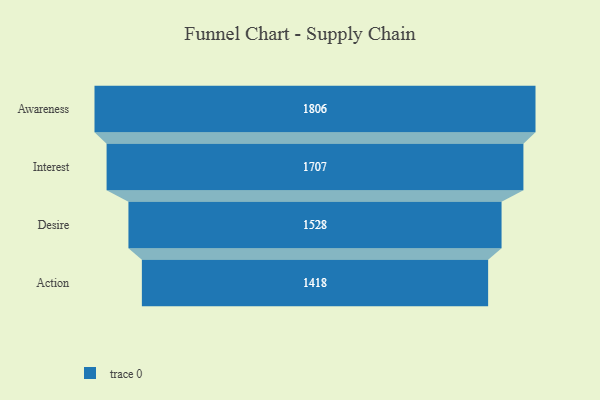
{"axis": {"x": "Stage", "y": "Value"}, "legend": [""], "data": [{"x": "Awareness", "y": 1806.0, "type": ""}, {"x": "Interest", "y": 1707.0, "type": ""}, {"x": "Desire", "y": 1528.0, "type": ""}, {"x": "Action", "y": 1418.0, "type": ""}]}